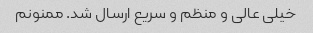
خیلی عالی و منظم و سریع ارسال شد. ممنونم